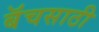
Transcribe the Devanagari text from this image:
बॅचसाठी